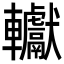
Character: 䡾